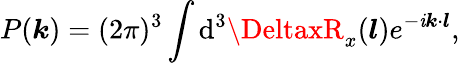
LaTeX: P(\boldsymbol{k})=(2\pi)^{3}\int\mathrm{d}^{3}\DeltaxR_{x}(\boldsymbol{l})e^{-\mathit{i}\boldsymbol{k}\cdot\boldsymbol{l}},